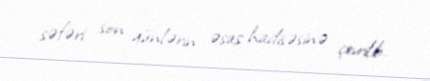
səfəri son günlərin əsas hadisəsinə çevrilib.